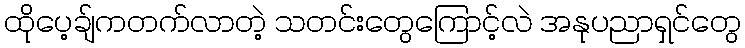
ထိုပေ့ချ်ကတက်လာတဲ့ သတင်းတွေကြောင့်လဲ အနုပညာရှင်တွေ